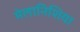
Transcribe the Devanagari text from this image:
मेलानिशिया